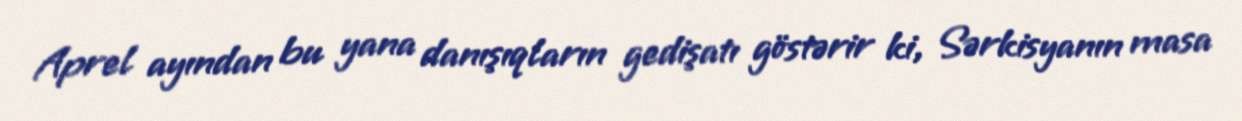
Aprel ayından bu yana danışıqların gedişatı göstərir ki, Sərkisyanın masa